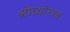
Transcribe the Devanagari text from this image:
श्रोत्यांनाच